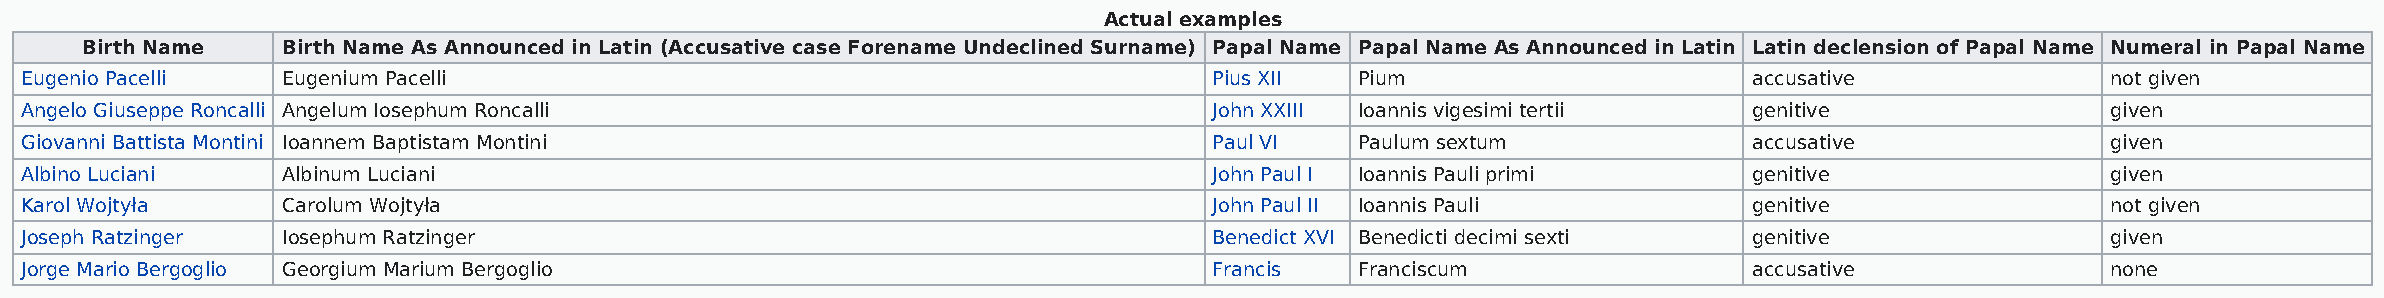
Actual examples
 Birth Name    Birth Name As Announced in Latin (Accusative case Forename Undeclined Surname) Papal Name Papal Name As Announced in Latin Latin declension of Papal Name Numeral in Papal Name
 Eugenio Pacelli   Eugenium Pacelli                                             Pius XII  Pium                      accusative              not given
 Angelo Giuseppe Roncalli Angelum Iosephum Roncalli                             John XXIII Ioannis vigesimi tertii  genitive                given
 Giovanni Battista Montini Ioannem Baptistam Montini                            Paul VI   Paulum sextum             accusative              given
 Albino Luciani    Albinum Luciani                                              John Paul I Ioannis Pauli primi     genitive                given
 Karol Wojtyła     Carolum Wojtyła                                              John Paul II Ioannis Pauli          genitive                not given
 Joseph Ratzinger  Iosephum Ratzinger                                           Benedict XVI Benedicti decimi sexti genitive                given
 Jorge Mario Bergoglio Georgium Marium Bergoglio                                Francis   Franciscum                accusative              none